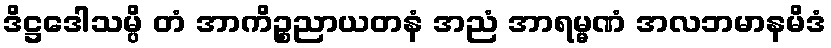
ဒိဋ္ဌဒေါသမ္ပိ တံ အာကိဉ္စညာယတနံ အညံ အာရမ္မဏံ အလဘမာနမိဒံ